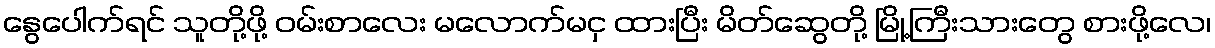
နွေပေါက်ရင် သူတို့ဖို့ ဝမ်းစာလေး မလောက်မငှ ထားပြီး မိတ်ဆွေတို့ မြို့ကြီးသားတွေ စားဖို့လေ၊